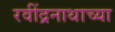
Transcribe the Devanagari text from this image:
रवींद्रनाथाच्या